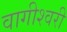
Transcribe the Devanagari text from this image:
वागीश्‍वरी